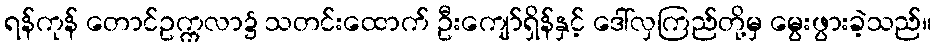
ရန်ကုန် တောင်ဥက္ကလာ၌ သတင်းထောက် ဦးကျော်ရှိန်နှင့် ဒေါ်လှကြည်တို့မှ မွေးဖွားခဲ့သည်။